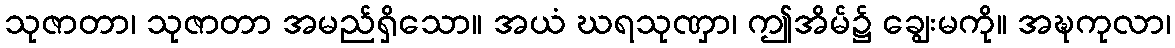
သုဇာတာ၊ သုဇာတာ အမည်ရှိသော။ အယံ ဃရသုဏှာ၊ ဤအိမ်၌ ချွေးမကို။ အဍ္ဎကုလာ၊